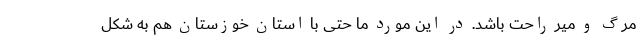
مرگ و میر راحت باشد. در این مورد ما حتی با استان خوزستان هم به شکل